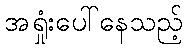
အရှုံးပေါ်နေသည့်